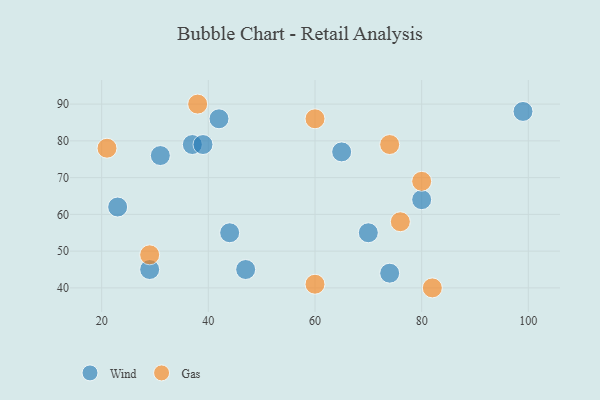
{"axis": {"x": "GDP", "y": "Life Expectancy"}, "legend": ["Gas", "Wind"], "data": [{"x": "99", "y": 88, "type": "Wind"}, {"x": "65", "y": 77, "type": "Wind"}, {"x": "37", "y": 79, "type": "Wind"}, {"x": "23", "y": 62, "type": "Wind"}, {"x": "42", "y": 86, "type": "Wind"}, {"x": "39", "y": 79, "type": "Wind"}, {"x": "31", "y": 76, "type": "Wind"}, {"x": "80", "y": 64, "type": "Wind"}, {"x": "70", "y": 55, "type": "Wind"}, {"x": "44", "y": 55, "type": "Wind"}, {"x": "29", "y": 45, "type": "Wind"}, {"x": "47", "y": 45, "type": "Wind"}, {"x": "74", "y": 44, "type": "Wind"}, {"x": "60", "y": 86, "type": "Gas"}, {"x": "76", "y": 58, "type": "Gas"}, {"x": "60", "y": 41, "type": "Gas"}, {"x": "38", "y": 90, "type": "Gas"}, {"x": "21", "y": 78, "type": "Gas"}, {"x": "82", "y": 40, "type": "Gas"}, {"x": "74", "y": 79, "type": "Gas"}, {"x": "80", "y": 69, "type": "Gas"}, {"x": "29", "y": 49, "type": "Gas"}]}